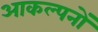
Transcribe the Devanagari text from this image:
आकल्पनों